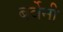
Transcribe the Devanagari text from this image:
बर्वेनी